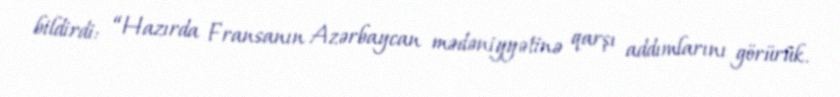
bildirdi: “Hazırda Fransanın Azərbaycan mədəniyyətinə qarşı addımlarını görürük.